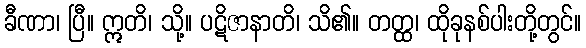
ခီဏာ၊ ပြီ။ ဣတိ၊ သို့။ ပဋိဇာနာတိ၊ သိ၏။ တတ္ထ၊ ထိုခုနစ်ပါးတို့တွင်။